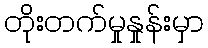
တိုးတက်မှုနှုန်းမှာ